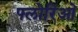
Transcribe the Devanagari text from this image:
फ्लोरिओ